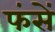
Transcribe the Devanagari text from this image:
फंसें